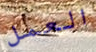
العمل